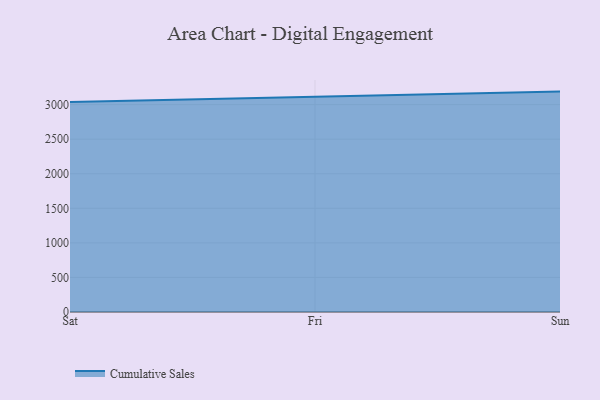
{"axis": {"x": "Day", "y": "Revenue (USD Million)"}, "legend": ["Cumulative Sales"], "data": [{"x": "Sat", "y": 3039.4, "type": "Cumulative Sales"}, {"x": "Fri", "y": 3117.2, "type": "Cumulative Sales"}, {"x": "Sun", "y": 3188.2, "type": "Cumulative Sales"}]}